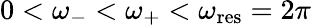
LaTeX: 0<\omega_{-}<\omega_{+}<\omega_{\mathrm{res}}=2\pi